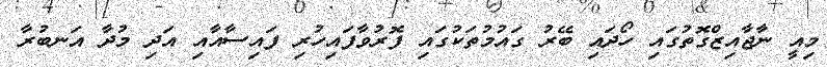
މިއީ ނާޖާއިޒްގޮތުގައި ހޯދައި ބޭރު ގައުމުތަކުގައި ފޮރުވާފައިހުރި ފައިސާއާއި އަދި މުދާ އަނބުރާ